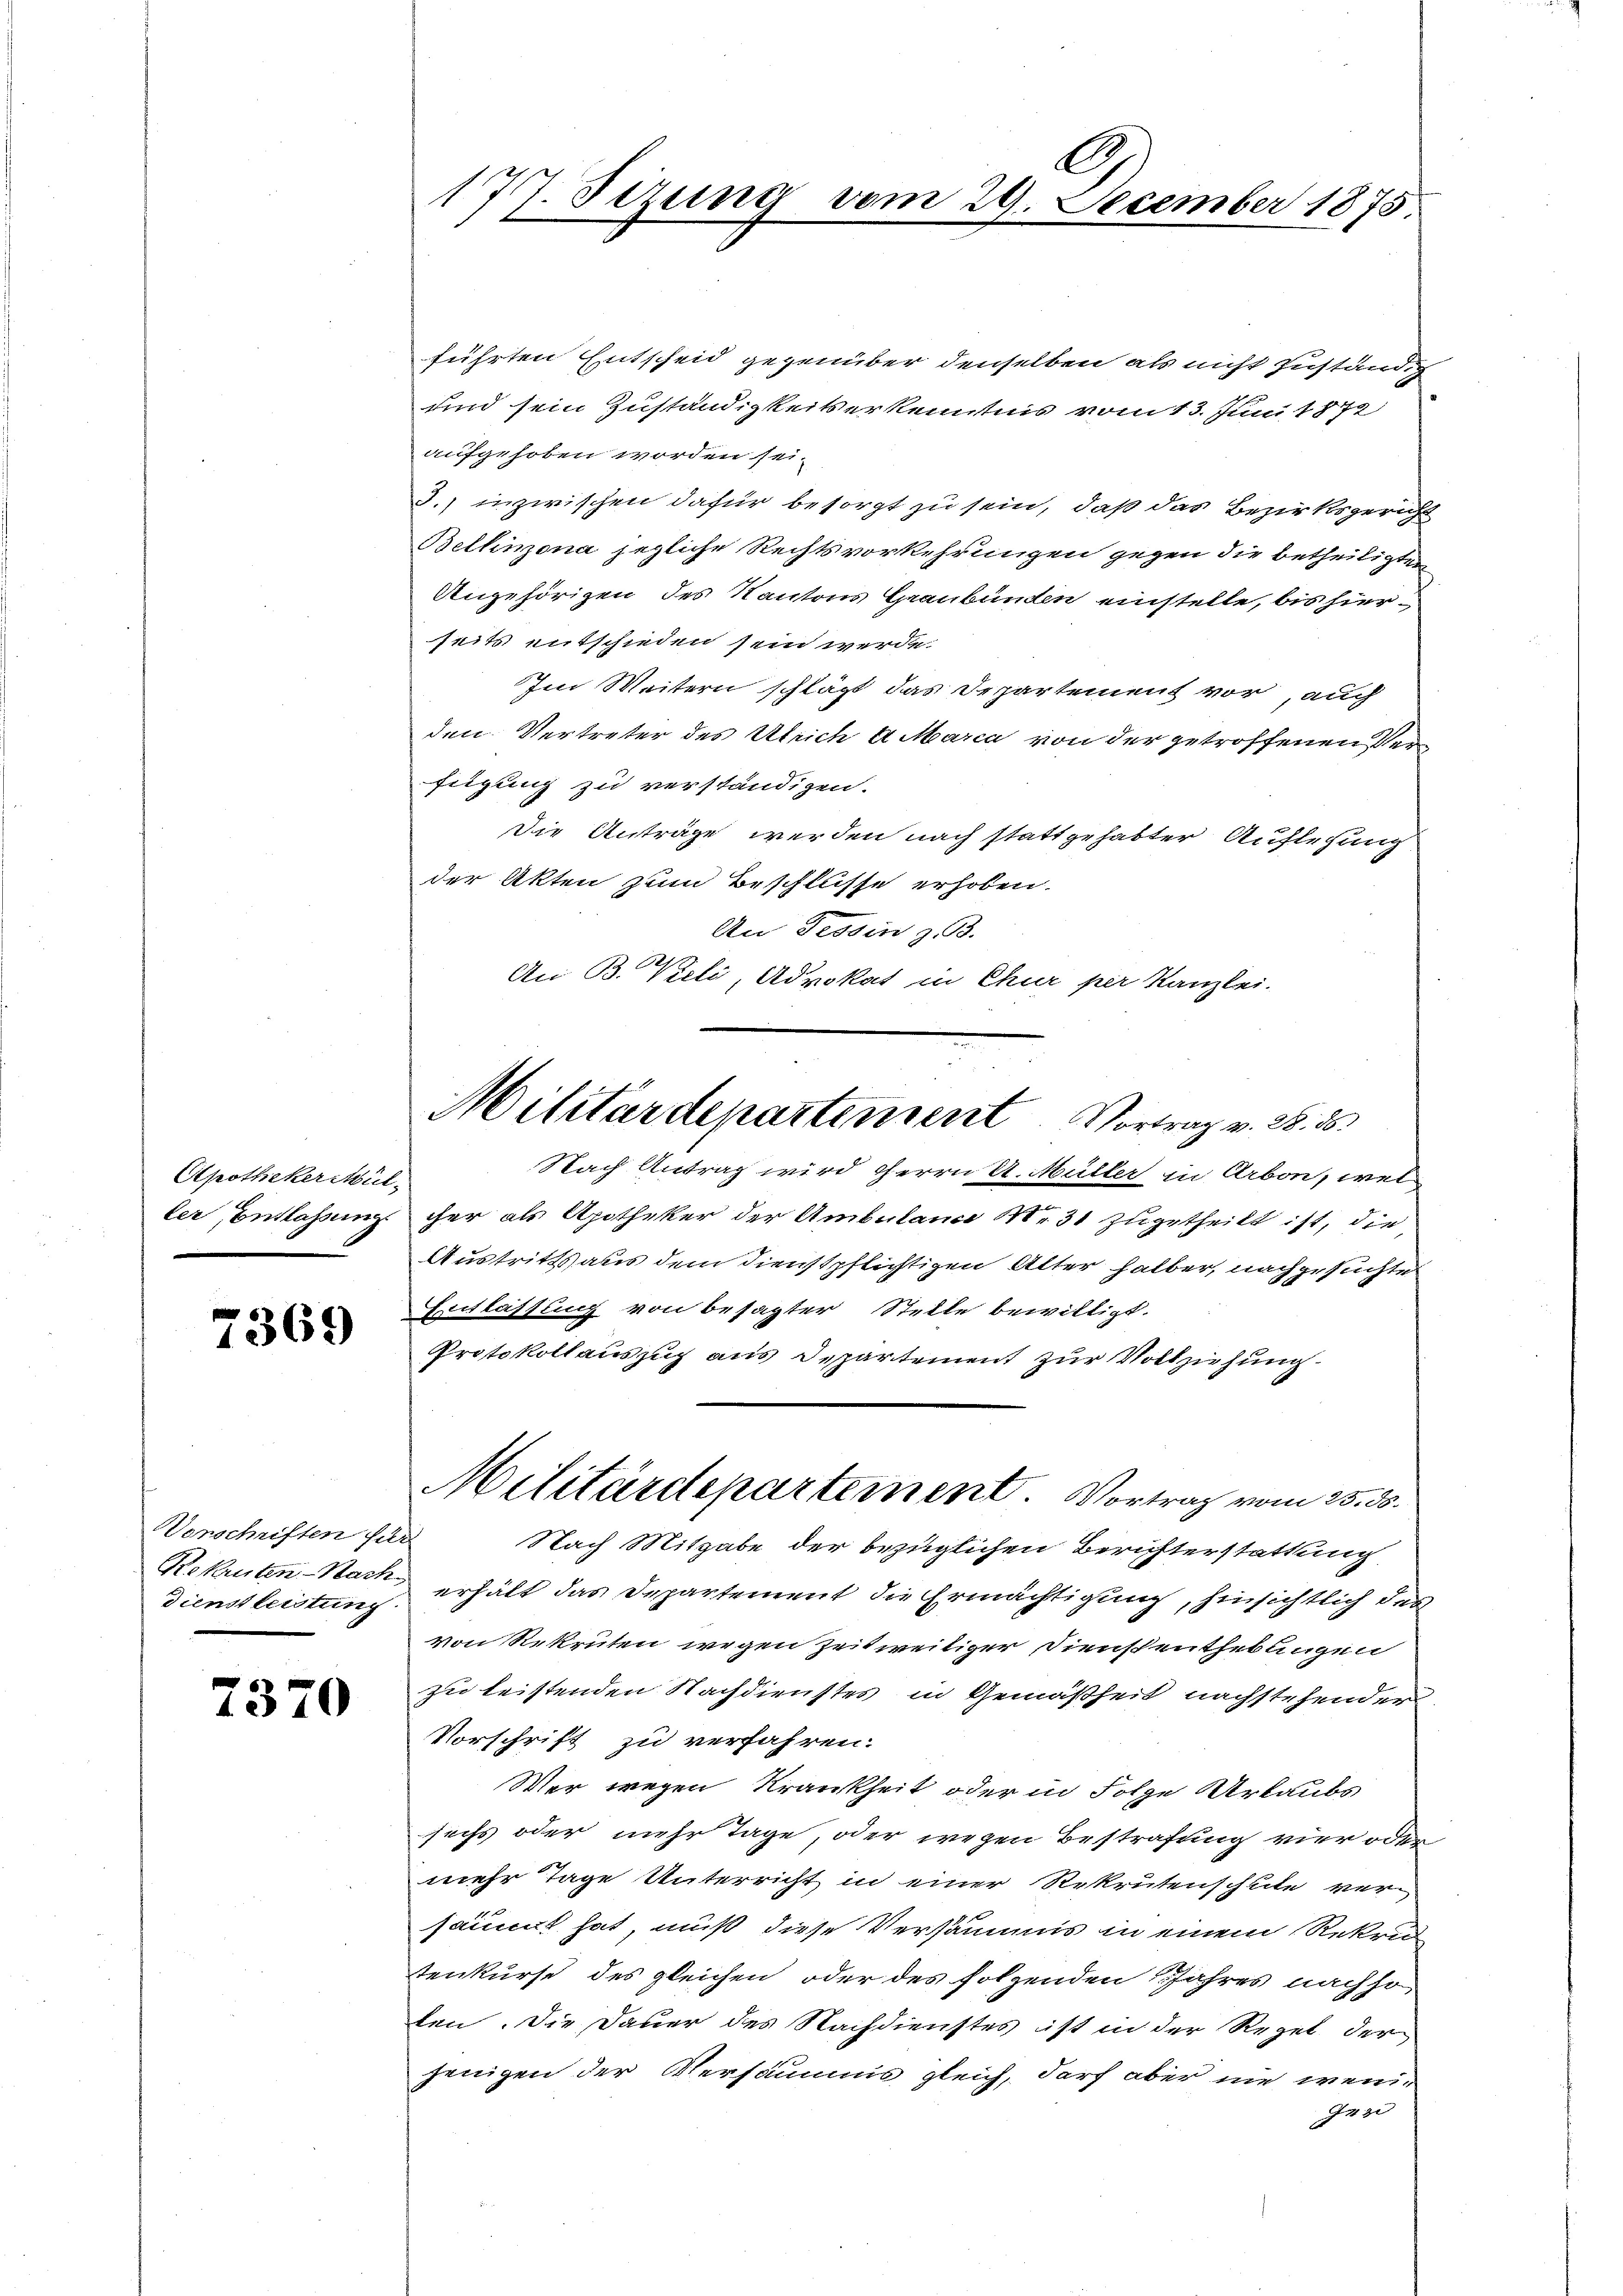
Apotheker Müller Entlassung

7369

Vorschriften für
Dienstleistung

7370

führten Entscheid gegenüber denselben als nicht zustanden
und sein Zuständigkeitserkenntnis vom 13. Juni 1872
aufgehoben worden sei.
3.) inzwischen dafür besorgt zu sein, daß das Bezirksgericht
Bellinzona jezliche Rechtsvorkehrungen gegen die betheiligten
Angehörigen des Kantons Graubünden einstelle, bis hierseits entschieden sein werde.
Im Weitern schlägt das Departement vor, auch
den Vertreter des Ulrich a Marca von der getroffenen Verfügung zu verständigen.
Die Anträge werden nach stattgehabter Auflegung
der Akten zum Beschlüsse erhoben.
An Tessin z. B.
.
An B. Vieli, Advokat in Chur per Kanzlei.

A
177. Sizung vom 29. December 1875.

Nach Antrag wird Herrn U. Müller in Arbon, wel
cher als Apotheker der Ambulana 10. 31 zugetheilt ist, die
Austritts aus dem Dienstpflichtigen Alter halber, nachgesuchte
Entlassung von besagter Stelle bewilligt.
Protokollauszug aus Departement zur Vollziehung.
Nach Mitgabe der bezüglichen Berichterstattung
Rekruten-Nach erhält das Departement die Ermächtigung, hinsichtlich des
von Rekruten wegen Zeitweiliger Dienstentheblingen
zu leistenden Nachdienstes in Gemäßheit nachstehenden
Vorschrift zu verfahren.
Wer wegen Krankheit oder in Folge Urlaubs
sechs oder mehr Tage, oder wegen Bestrafung vier oder
mehr Tage Unterricht in einer Rekrutenschule ver-
säumt hat, muß diese Versäumis in einem Rekru
tenkurse des gleichen oder des folgenden Jahres nachho
ten. Die Dauer des Nachdienstes ist in der Regel der
jenigen der Versammes gleich, darf aber nie wenig
943

Militärdepartement. Vortrag v. 28. 35

Militärdepartement. Vortrag vom 25. ds.